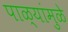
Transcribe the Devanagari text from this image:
पाळ्यांमुळे